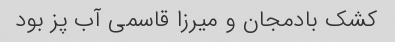
کشک بادمجان و میرزا قاسمی آب پز بود